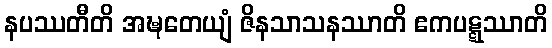
နပဿတီတိ အဍ္ဎတေယျံ ဇိနသာသနဿာတိ ဧကပဋ္ဋဿာတိ